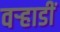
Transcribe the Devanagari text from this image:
वर्‍हाडीं